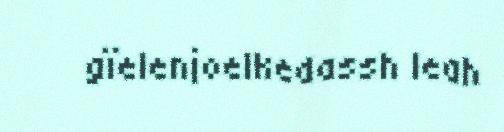
gïelenjoelkedassh leah